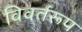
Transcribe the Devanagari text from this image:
विवर्तरूप